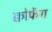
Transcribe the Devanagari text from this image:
क्वोफेंग